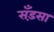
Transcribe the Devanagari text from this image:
सँड़सा